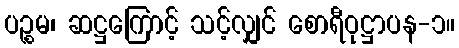
ပဉ္စမ၊ ဆဋ္ဌကြောင့် သင့်လျှင် စောရီဝုဋ္ဌာပန-၁။